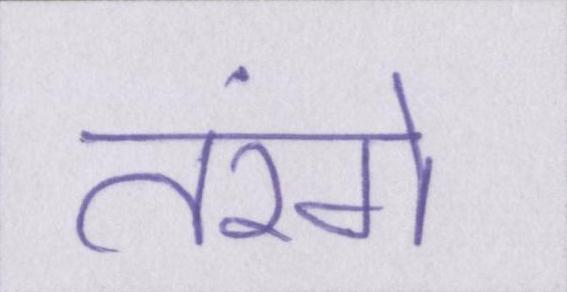
तरंगे